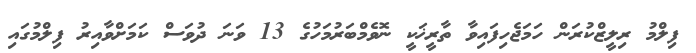
ފިލްމު ރިލީޒްކުރަން ހަމަޖެހިފައިވާ ތާރީޚަކީ ނޮވެމްބަރުމަހުގެ 13 ވަނަ ދުވަސް ކަމަށްވާއިރު ފިލްމުގައި